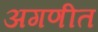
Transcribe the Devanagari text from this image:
अगणीत